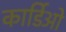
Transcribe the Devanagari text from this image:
कार्डिओ